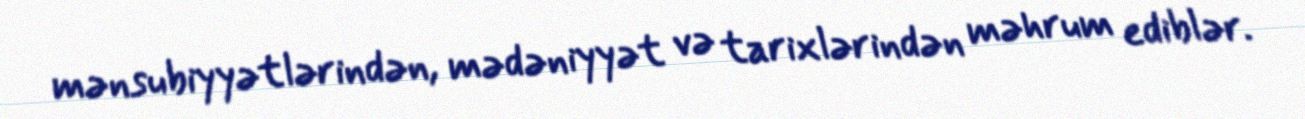
mənsubiyyətlərindən, mədəniyyət və tarixlərindən məhrum ediblər.